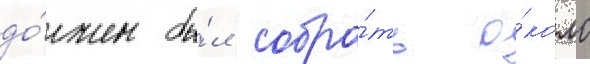
до́лжен бы́л собра́ть о́коло